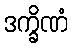
ဒက္ခိဏံ